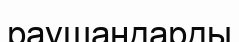
раушандарды